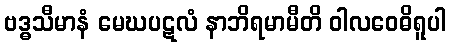
ဗဒ္ဓသီမာနံ မေဃပဋလံ နာဘိရမာမီတိ ဝါလဝေဓိရူပါ